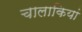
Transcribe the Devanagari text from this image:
चालाकियां